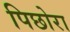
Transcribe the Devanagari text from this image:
पिछोरा